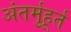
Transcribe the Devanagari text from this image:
अंतर्मुहूर्त